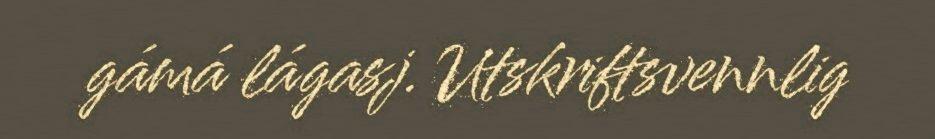
gámá lágasj. Utskriftsvennlig